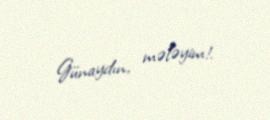
Günaydın, mələyim!.